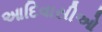
આદિવાસીઓ